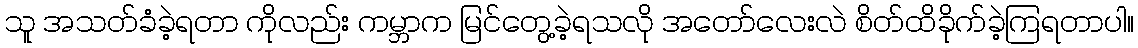
သူ အသတ်ခံခဲ့ရတာ ကိုလည်း ကမ္ဘာက မြင်တွေ့ခဲ့ရသလို အတော်လေးလဲ စိတ်ထိခိုက်ခဲ့ကြရတာပါ။